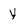
Character: y